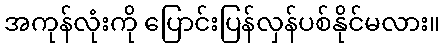
အကုန်လုံးကို ပြောင်းပြန်လှန်ပစ်နိုင်မလား။